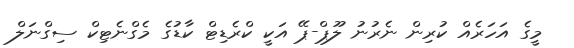
މީގެ އަހަރެއް ކުރިން ނެރުނު ލޫޕް-ޕޭ އަކީ ކްރެޑިޓް ކާޑުގެ މެގްނެޓިކް ސިގްނަލް